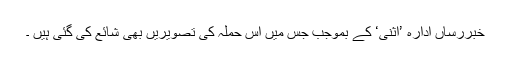
خبررساں ادارہ ’اثنی‘ کے بموجب جس میں اس حملہ کی تصویریں بھی شائع کی گئی ہیں ۔